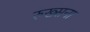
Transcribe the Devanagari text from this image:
रुख्सना